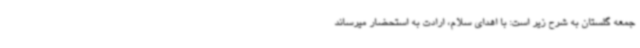
جمعه گلستان به شرح زیر است: با اهدای سلام، ارادت به استحضار میرساند